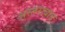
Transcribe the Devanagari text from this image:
अस्तराबाद